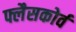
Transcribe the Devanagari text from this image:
फ्लैसकोर्व